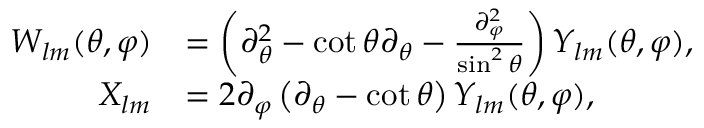
\begin{array} { r l } { W _ { l m } ( \theta , \varphi ) } & { = \left( \partial _ { \theta } ^ { 2 } - \cot \theta \partial _ { \theta } - \frac { \partial _ { \varphi } ^ { 2 } } { \sin ^ { 2 } \theta } \right) Y _ { l m } ( \theta , \varphi ) , } \\ { X _ { l m } } & { = 2 \partial _ { \varphi } \left( \partial _ { \theta } - \cot \theta \right) Y _ { l m } ( \theta , \varphi ) , } \end{array}